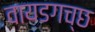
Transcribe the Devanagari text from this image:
वायडगच्छ